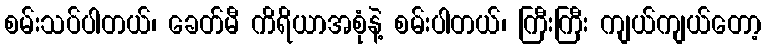
စမ်းသပ်ပါတယ်၊ ခေတ်မီ ကိရိယာအစုံနဲ့ စမ်းပါတယ်၊ ကြီးကြီး ကျယ်ကျယ်တော့